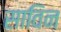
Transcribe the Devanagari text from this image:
साविन